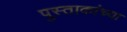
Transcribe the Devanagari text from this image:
पुस्ताकांच्या